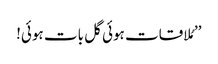
’’مُلاقات ہوئی گل بات ہوئی!